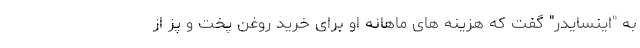
به "اینسایدر" گفت که هزینه های ماهانه او برای خرید روغن پخت و پز از